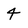
Character: 4